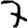
Digit: 7